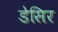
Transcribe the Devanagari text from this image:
डेसिर